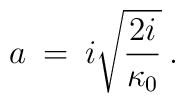
a \> = \>i \sqrt{\frac{2 i}{\kappa_0}} \> .